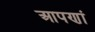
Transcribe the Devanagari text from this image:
आपणां